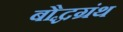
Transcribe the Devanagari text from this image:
बौद्धग्रंथ